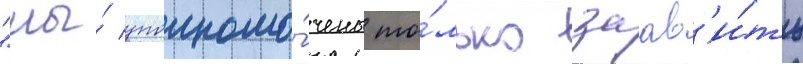
"мы́ уполномо́чены то́лько заав'и́ть